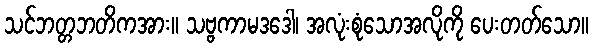
သင်ဘတ္တဘတိကအား။ သဗ္ဗကာမဒဒေါ၊ အလုံးစုံသောအလိုကို ပေးတတ်သော။